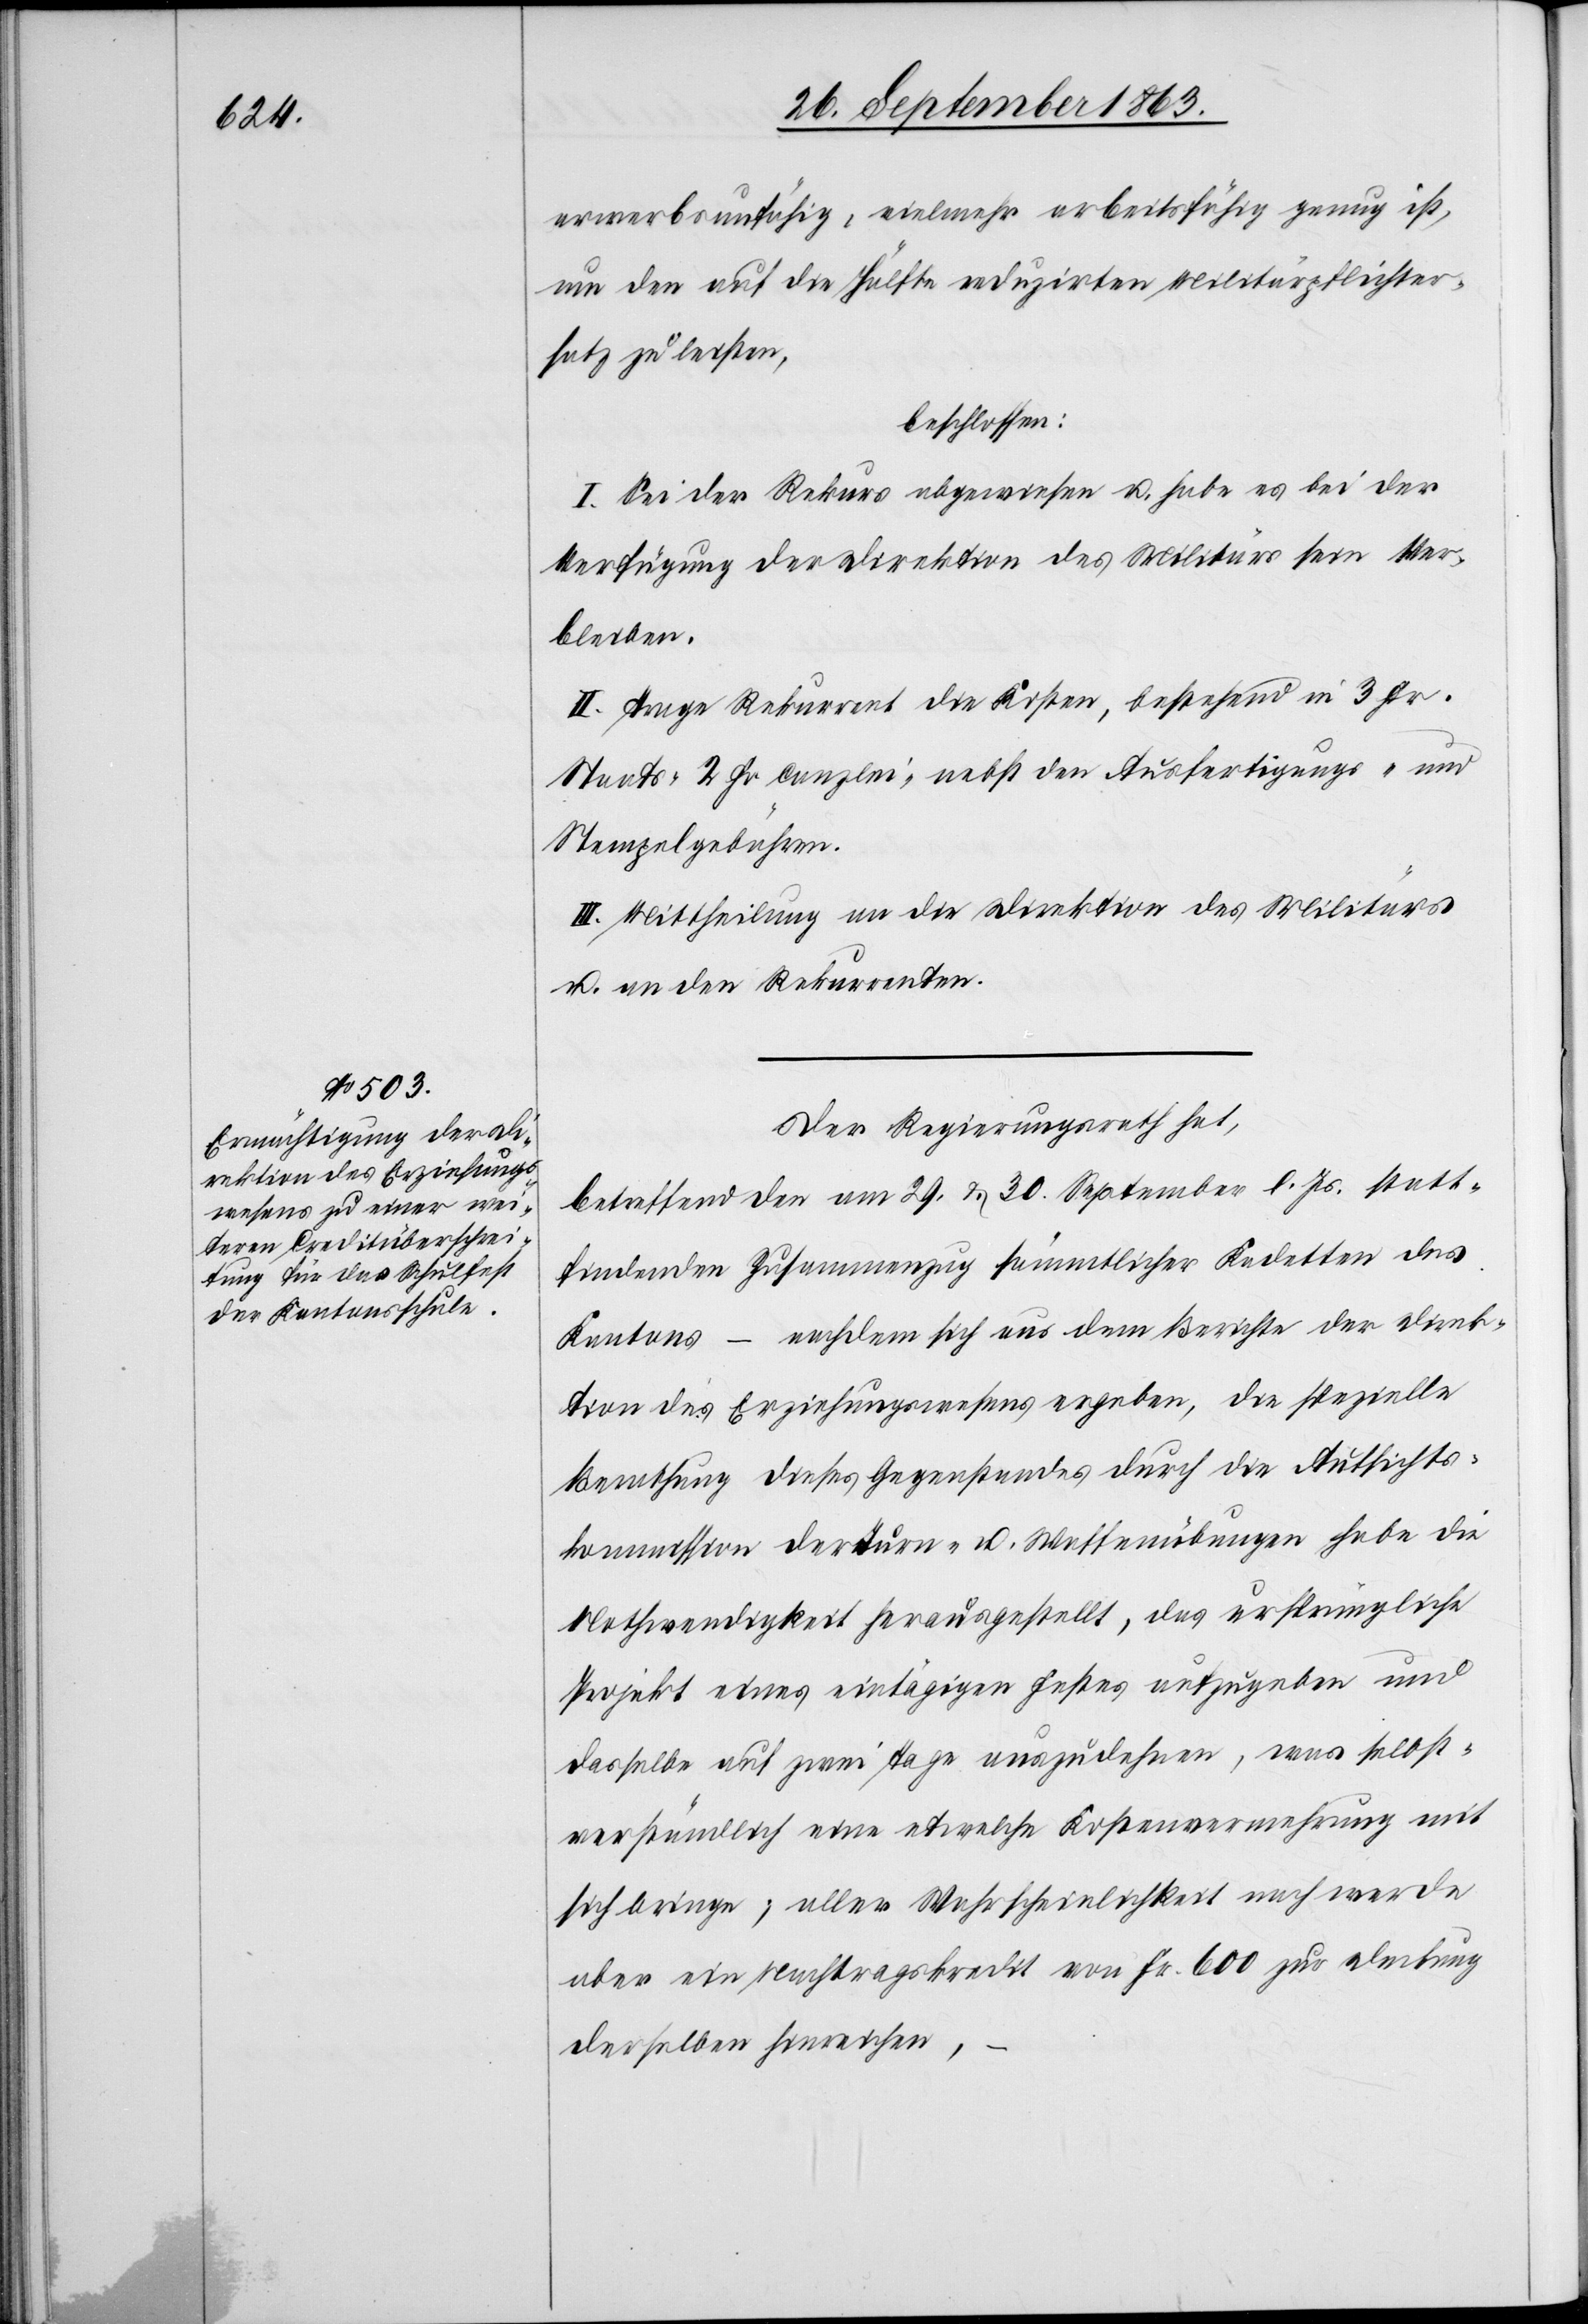
erwerbsunfähig, vielmehr arbeitsfähig genug ist,
um den auf die Hälfte reduzirten Militärpflichter¬
satz zu leisten,
beschlossen:
I. Sei der Rekurs abgewiesen u. habe es bei der
Verfügung der Direktion des Militärs sein Ver¬
bleiben.
II. Trage Rekurrent die Kosten, bestehend in 3 Fr.
Staats-[,] 2 Fr. Canzlei- nebst den Ausfertigungs- und
Stempelgebühren.
III. Mittheilung an die Direktion des Militärs
u. an den Rekurrenten.
Der Regierungsrath hat,
betreffend den am 29. & 30. September l. Js. statt¬
findenden Zusammenzug sämmtlicher Kadetten des
Kantons – nachdem sich aus dem Berichte der Direk¬
tion des Erziehungswesens ergeben, die spezielle
Berathung dieses Gegenstandes durch die Aufsichts¬
kommission der Turn- u. Waffenübungen habe die
Nothwendigkeit herausgestellt, das ursprüngliche
Projekt eines eintägigen Festes aufzugeben und
dasselbe auf zwei Tage auszudehnen, was selbst¬
verständlich eine etwelche Kostenvermehrung mit
sich bringe; aller Wahrscheinlichkeit nach werde
aber ein Nachtragskredit von Fr. 600 zur Deckung
derselben hinreichen,